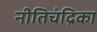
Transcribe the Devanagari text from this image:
नीतिचंद्रिका